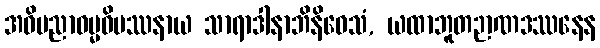
အဓိပညာဓမ္မဝိပဿနာယ သာရာဒါနာဘိနိဝေသံ, ယထာဘူတဉာဏဒဿနေန